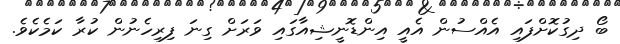
ބޯ ދިގުކޮށްފައި އެއްސުން އެއީ އިންޑޮނީޝިއާގައި ވަރަށް ގިނަ ފިރިހެނުން ކުރާ ކަމެކެވެ.